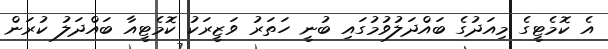
އެ ކޮމެޓީގެ މިއަދުގެ ބައްދަލުވުމުގައި ބުނީ ހަތަރު ވަޒީރަކު ކޮމެޓީއާ ބައްދަލު ކުރަން